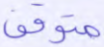
متوقف